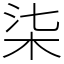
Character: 柒